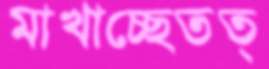
মাখাচ্ছেতত্